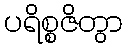
ပရိစ္စဇိတွာ